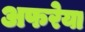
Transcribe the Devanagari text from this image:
अफरेया